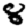
Digit: 8